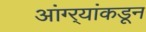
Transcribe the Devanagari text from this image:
आंग्र्‍यांकडून